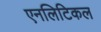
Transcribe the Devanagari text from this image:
एनलिटिकल